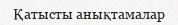
Қатысты анықтамалар